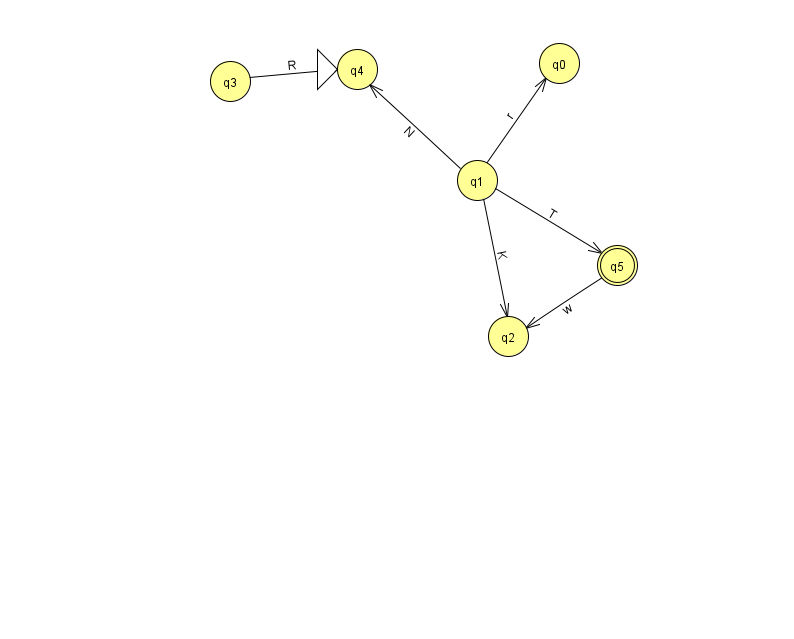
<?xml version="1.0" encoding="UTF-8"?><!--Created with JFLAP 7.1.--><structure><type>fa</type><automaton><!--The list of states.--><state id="0" name="q0"><x>559.0</x><y>50.0</y></state><state id="1" name="q1"><x>477.0</x><y>167.0</y></state><state id="2" name="q2"><x>508.0</x><y>323.0</y></state><state id="3" name="q3"><x>230.0</x><y>68.0</y></state><state id="4" name="q4"><x>357.0</x><y>56.0</y><initial/></state><state id="5" name="q5"><x>617.0</x><y>252.0</y><final/></state><!--The list of transitions.--><transition><from>5</from><to>2</to><read>w</read></transition><transition><from>1</from><to>0</to><read>r</read></transition><transition><from>1</from><to>2</to><read>K</read></transition><transition><from>1</from><to>5</to><read>T</read></transition><transition><from>3</from><to>4</to><read>R</read></transition><transition><from>1</from><to>4</to><read>N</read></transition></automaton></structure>